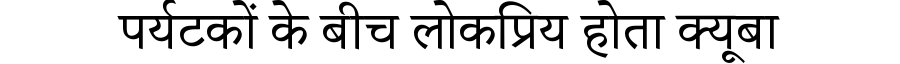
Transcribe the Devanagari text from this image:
पर्यटकों के बीच लोकप्रिय होता क्यूबा